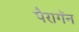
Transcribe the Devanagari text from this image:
पैरागॅन